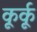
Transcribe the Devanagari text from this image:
कूर्कू